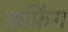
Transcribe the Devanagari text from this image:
कफिंग